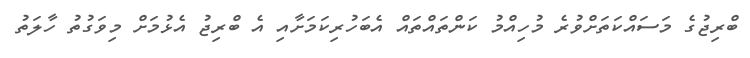
ބްރިޖުގެ މަސައްކަތަށްވުރެ މުހިއްމު ކަންތައްތައް އެބަހުރިކަމަށާއި އެ ބްރިޖު އެޅުމަށް މިވަގުތު ހާލަތު